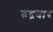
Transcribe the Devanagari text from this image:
रुद्रवार